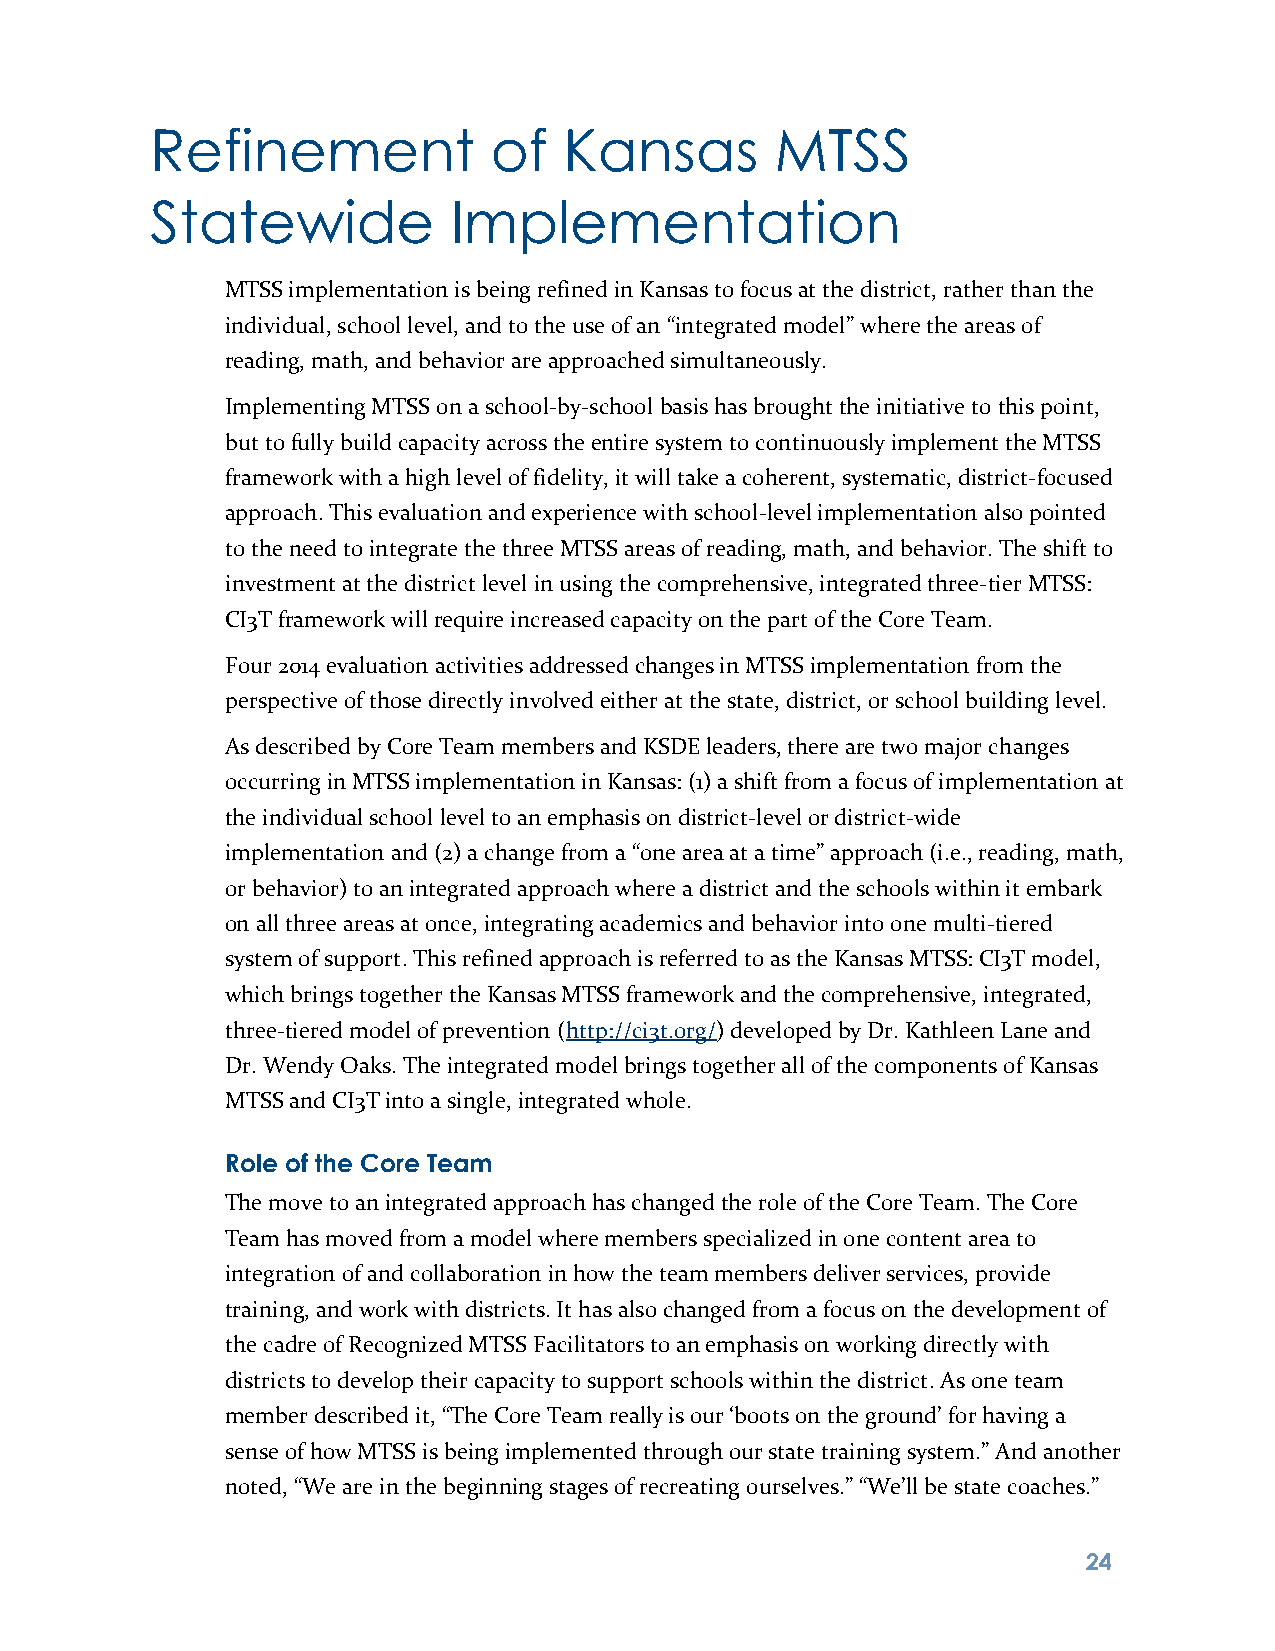
Refinement            of   Kansas        MTSS
 Statewide           Implementation
 MTSS implementation is being refined in Kansas to focus at the district, rather than the
 individual, school level, and to the use of an “integrated model” where the areas of
 reading, math, and behavior are approached simultaneously.
 Implementing MTSS on a school-by-school basis has brought the initiative to this point,
 but to fully build capacity across the entire system to continuously implement the MTSS
 framework with a high level of fidelity, it will take a coherent, systematic, district-focused
 approach. This evaluation and experience with school-level implementation also pointed
 to the need to integrate the three MTSS areas of reading, math, and behavior. The shift to
 investment at the district level in using the comprehensive, integrated three-tier MTSS:
 CI3T framework will require increased capacity on the part of the Core Team.
 Four 2014 evaluation activities addressed changes in MTSS implementation from the
 perspective of those directly involved either at the state, district, or school building level.
 As described by Core Team members and KSDE leaders, there are two major changes
 occurring in MTSS implementation in Kansas: (1) a shift from a focus of implementation at
 the individual school level to an emphasis on district-level or district-wide
 implementation and (2) a change from a “one area at a time” approach (i.e., reading, math,
 or behavior) to an integrated approach where a district and the schools within it embark
 on all three areas at once, integrating academics and behavior into one multi-tiered
 system of support. This refined approach is referred to as the Kansas MTSS: CI3T model,
 which brings together the Kansas MTSS framework and the comprehensive, integrated,
 three-tiered model of prevention (http://ci3t.org/) developed by Dr. Kathleen Lane and
 Dr. Wendy Oaks. The integrated model brings together all of the components of Kansas
 MTSS and CI3T into a single, integrated whole.
 Role of the Core Team
 The move to an integrated approach has changed the role of the Core Team. The Core
 Team has moved from a model where members specialized in one content area to
 integration of and collaboration in how the team members deliver services, provide
 training, and work with districts. It has also changed from a focus on the development of
 the cadre of Recognized MTSS Facilitators to an emphasis on working directly with
 districts to develop their capacity to support schools within the district. As one team
 member described it, “The Core Team really is our ‘boots on the ground’ for having a
 sense of how MTSS is being implemented through our state training system.” And another
 noted, “We are in the beginning stages of recreating ourselves.” “We’ll be state coaches.”
 2 4